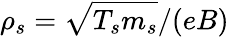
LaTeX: \rho_{s}=\sqrt{T_{s}m_{s}}/(eB)